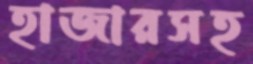
হাজারসহ